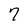
Character: 7